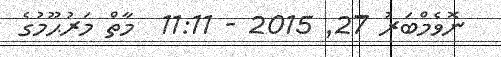
ނޮވެމްބަރު 27